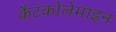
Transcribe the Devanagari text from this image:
कैटकोलेमाइन